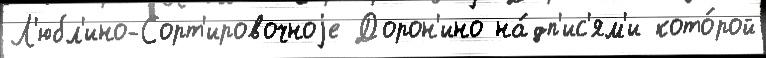
Л'юбл'ино-Сорт'ировочноjе Дорон'ино на́дп'ис'ям'и кото́рой